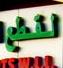
لقطع